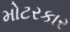
મોટરકાર